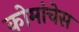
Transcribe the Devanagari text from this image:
कोमांचेस